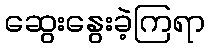
ဆွေးနွေးခဲ့ကြရာ